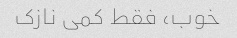
خوب، فقط کمی نازک